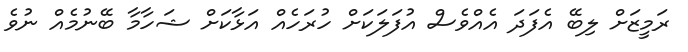
ރަމީޒަށް ލިބޭ އެފަދަ އެއްވެސް އުފަލަކަށް ހުރަހެއް އަޅާކަށް ޝަހާމާ ބޭނުމެއް ނުވެ